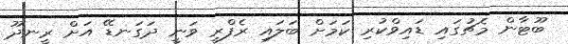
ބޫޓާން މެޗުގައި ޑައިވްކުރި ކަމަށް ބަލައި ރެފްރީ ވަނީ ދަގަނޑޭ އަށް ރީނދޫ